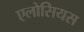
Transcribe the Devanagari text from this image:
एलोसियस